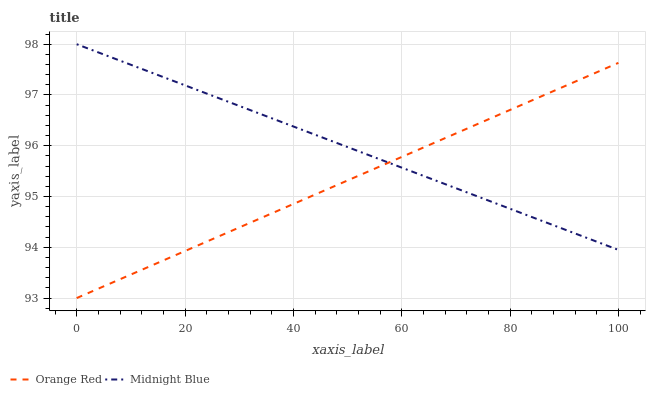
| xaxis_label | Orange Red | Midnight Blue |
 | --- | --- | --- |
 | 0 | 93 | 98 |
 | 14.3 | 93.7 | 97.4 |
 | 28.6 | 94.3 | 96.8 |
 | 42.9 | 95 | 96.3 |
 | 57.1 | 95.6 | 95.7 |
 | 71.4 | 96.3 | 95.1 |
 | 85.7 | 97 | 94.5 |
 | 100 | 97.6 | 93.9 |